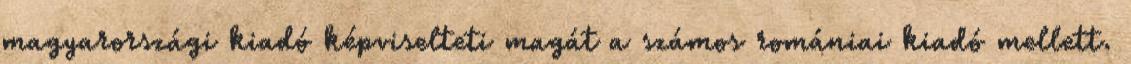
magyarországi kiadó képviselteti magát a számos romániai kiadó mellett.